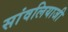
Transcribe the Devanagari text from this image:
सांवलियाजी